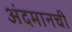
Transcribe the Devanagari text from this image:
अंदमानची